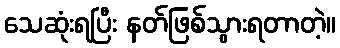
သေဆုံးရပြီး နတ်ဖြစ်သွားရတာတဲ့။